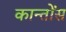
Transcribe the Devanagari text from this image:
कान्तोंस